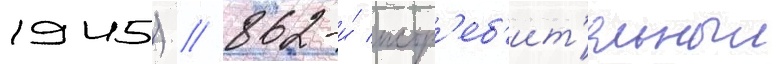
1945) // 862-и́ истр'еб'ит'ельныи